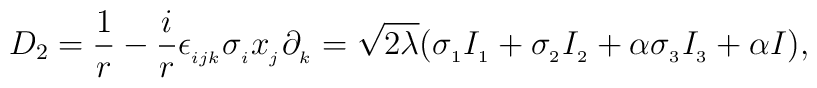
D_2=\frac{1}{r}-\frac{i}{r}\epsilon_{_{ijk}}\sigma_{_{i}}x_{_{j}}\partial_{_{k}}=\sqrt{2\lambda}(\sigma_{_{1}}I_{_{1}}+\sigma_{_{2}}I_{_{2}}+\alpha \sigma_{_{3}}I_{_{3}}+\alpha I),